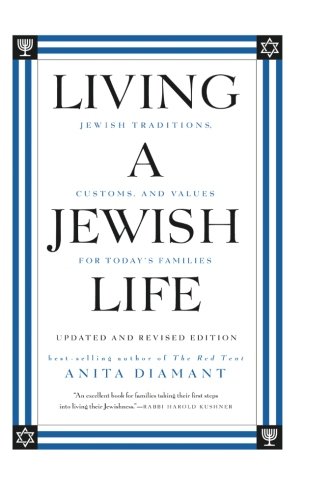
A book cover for Living a Jewish Life, Updated and Revised Edition: Jewish Traditions, Customs, and Values for Today's Families; Anita Diamant; Religion & Spirituality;